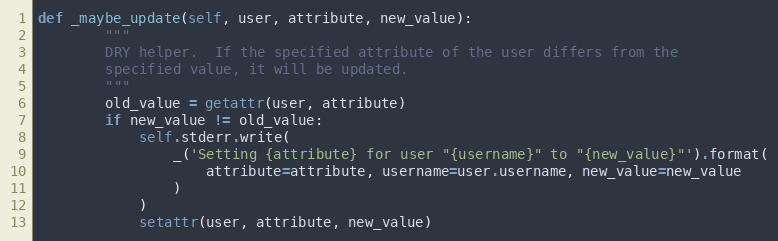
Language: Python
def _maybe_update(self, user, attribute, new_value):
        """
        DRY helper.  If the specified attribute of the user differs from the
        specified value, it will be updated.
        """
        old_value = getattr(user, attribute)
        if new_value != old_value:
            self.stderr.write(
                _('Setting {attribute} for user "{username}" to "{new_value}"').format(
                    attribute=attribute, username=user.username, new_value=new_value
                )
            )
            setattr(user, attribute, new_value)